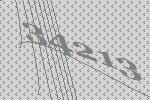
34213